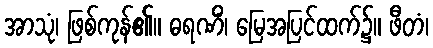
အာသုံ၊ ဖြစ်ကုန်၏။ ဓရဏိံ၊ မြေအပြင်ထက်၌။ ဖီတံ၊